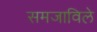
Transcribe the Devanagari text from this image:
समजाविले